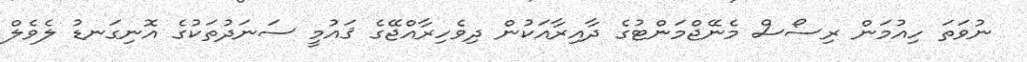
ނުވަތަ ހިއުމަން ރިސޯސް މެނޭޖްމަންޓުގެ ދާއިރާއަކުން ދިވެހިރާއްޖޭގެ ޤައުމީ ސަނަދުތަކުގެ އޮނިގަނޑު ލެވެލް